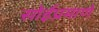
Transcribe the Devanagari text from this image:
सोईप्रमाणे